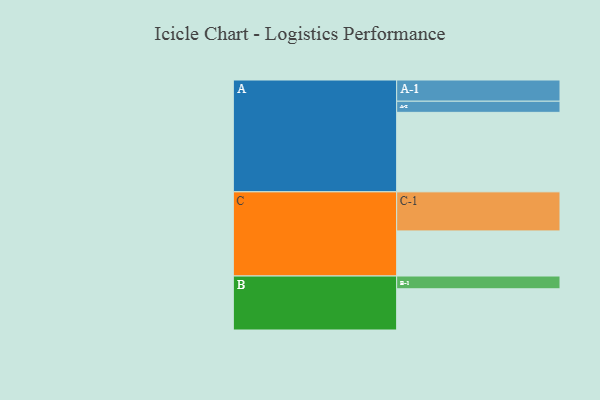
{"axis": {"x": "Segment", "y": "Value"}, "legend": ["", "A", "B", "C"], "data": [{"x": "A", "y": 592, "type": ""}, {"x": "B", "y": 307, "type": ""}, {"x": "C", "y": 336, "type": ""}, {"x": "A-1", "y": 158, "type": "A"}, {"x": "A-2", "y": 83, "type": "A"}, {"x": "B-1", "y": 95, "type": "B"}, {"x": "C-1", "y": 291, "type": "C"}]}